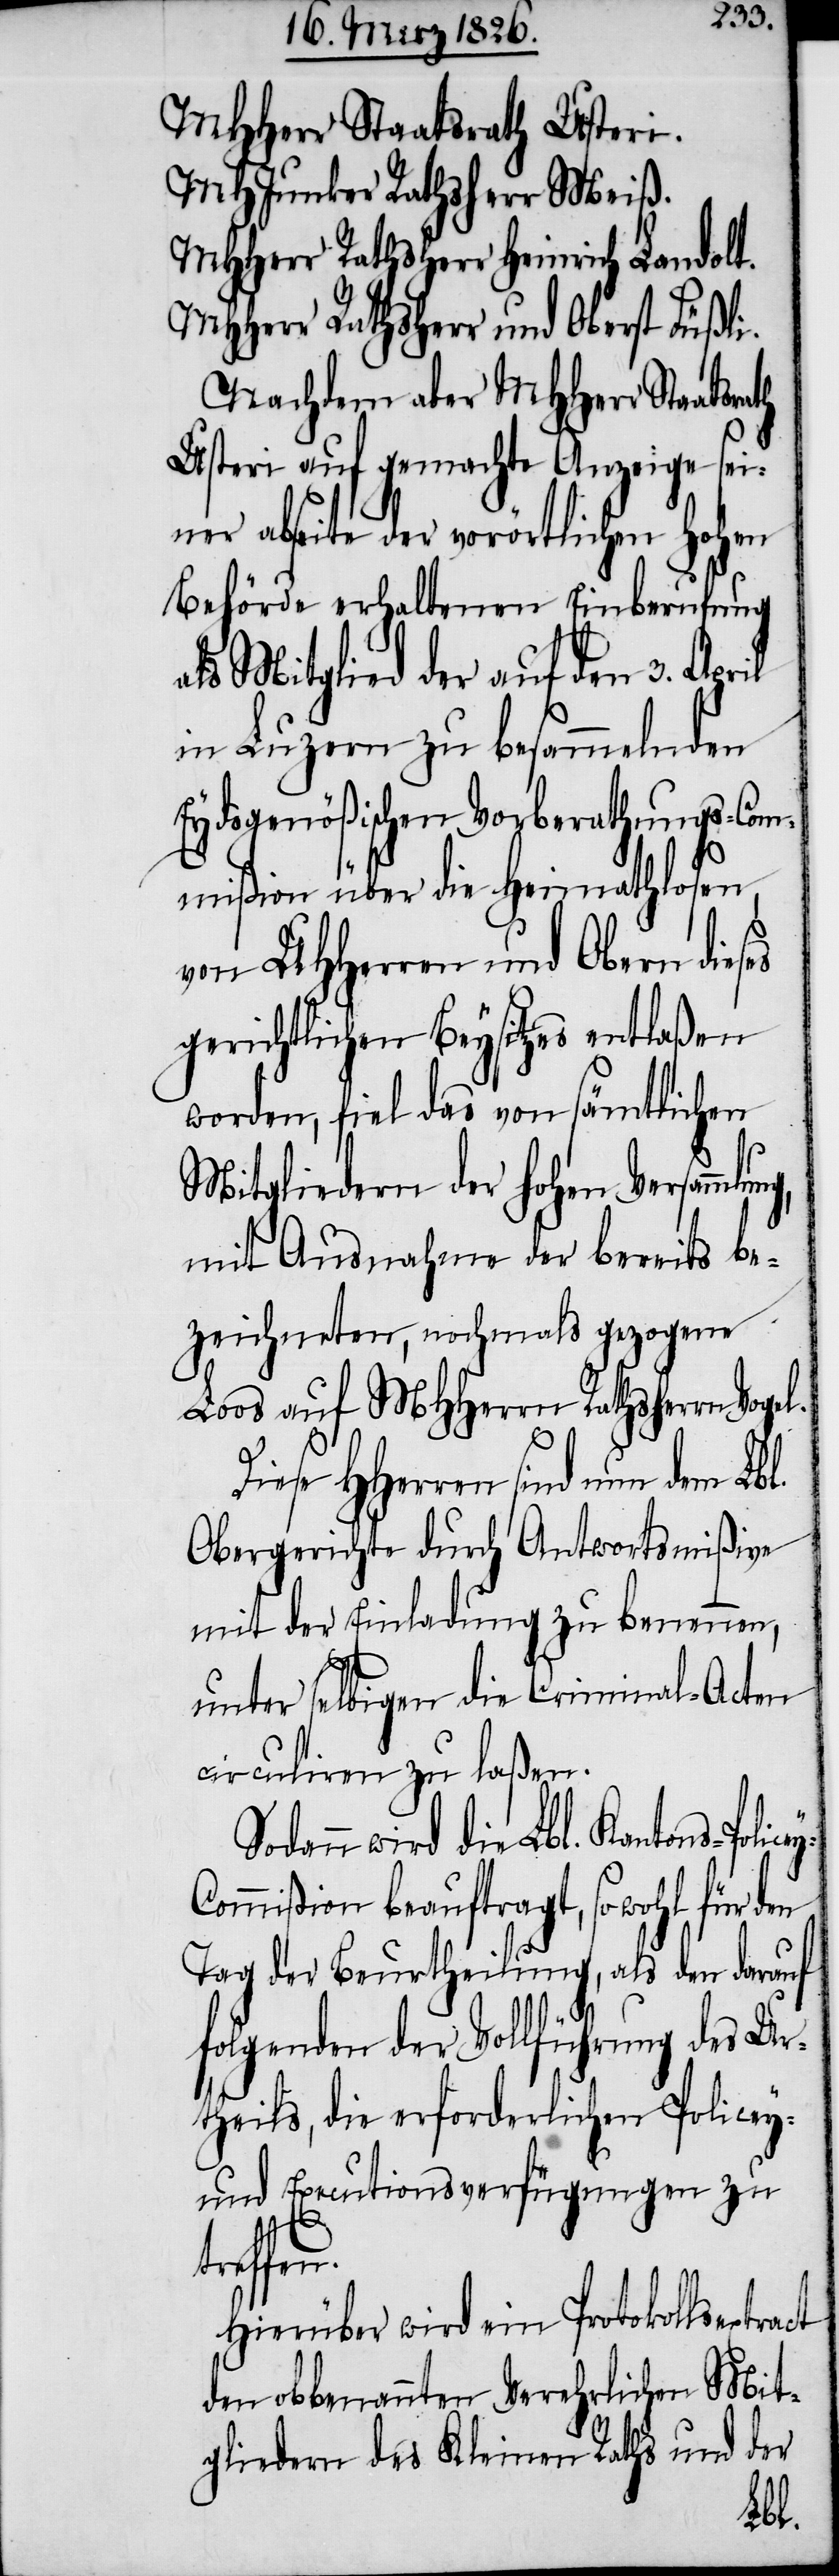
MHHerr Staatsrath Usteri.
MHJunker Rathsherr Meiß.
MHHerr Rathsherr Heinrich Landolt.
MHHerr Rathsherr und Oberst Füßli.
Nachdem aber MHHerr Staatsrath
Usteri auf gemachte Anzeige sei¬
ner abseite der vorörtlichen hohen
Behörde erhaltenen Einberufung
als Mitglied der auf den 3. April
in Luzern zu besammelnden
Eydsgenößischen Vorberathungs-Com¬
mißion über die Heimathlosen,
von UHHerren und Obern dieses
gerichtlichen Beysitzes entlaßen
worden, fiel das von sämtlichen
Mitgliedern der hohen Versammlu¬
mit Ausnahme der bereits be¬
zeichneten, nochmals gezogene
Loos auf MHHerrn Rathsherrn Voge¬
Diese HHerrn sind nun dem Lbl.
Obergerichte durch Antwortsmißive
mit der Einladung zu benennen,
unter selbigen die Criminal-Acten
circuliren zu laßen.
odann wird die Lbl. Kantons-Poli¬
ommißion beauftragt, so wohl für den
Tag der Beurtheilung, als den darauf
folgenden der Vollführung des Ur¬
theils, die erforderlichen Policey-
und Executionsverfügungen zu
t¬
reffen.
Hierüber wird ein Protokollsextract
den obbenannten Verehrlichen Mit¬
gliedern des Kleinen Raths und der
l.